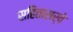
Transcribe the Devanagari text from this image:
सहितासर्वे